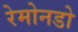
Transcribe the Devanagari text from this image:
रेमोनडो